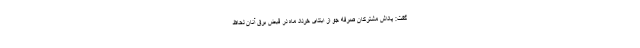
گفت: پاداش مشترکان صرفه جو از ابتدای خرداد ماه در قبض برق آنان لحاظ